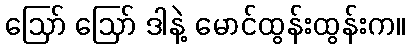
ဪ ဪ ဒါနဲ့ မောင်ထွန်းထွန်းက။